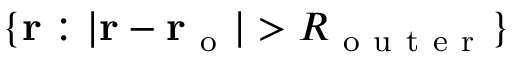
\{ \mathbf { r } : | \mathbf { r } - \mathbf { r _ { \mathrm { ~ o ~ } } } | > R _ { \mathrm { ~ o ~ u ~ t ~ e ~ r ~ } } \}